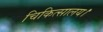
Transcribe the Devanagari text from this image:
चिकित्सालय।